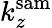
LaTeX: k_{z}^{\mathrm{sam}}